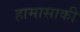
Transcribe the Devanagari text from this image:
हामासाकी